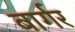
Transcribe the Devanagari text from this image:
बार्गर